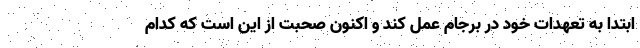
ابتدا به تعهدات خود در برجام عمل کند و اکنون صحبت از این است که کدام